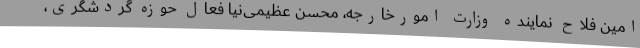
امین فلاح نماینده وزارت امورخارجه، محسن عظیمی‌نیا فعال حوزه گردشگری،